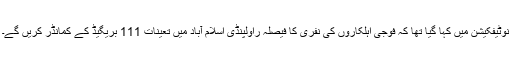
نوٹیفکیشن میں کہا گیا تھا کہ فوجی اہلکاروں کی نفری کا فیصلہ راولپنڈی اسلام آباد میں تعینات 111 بریگیڈ کے کمانڈر کریں گے۔